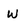
Character: w